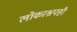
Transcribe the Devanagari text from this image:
लोकाश्रयही